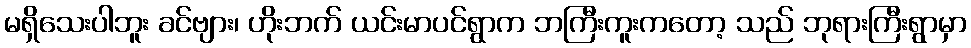
မရှိသေးပါဘူး ခင်ဗျား၊ ဟိုးဘက် ယင်းမာပင်ရွာက ဘကြီးကူးကတော့ သည် ဘုရားကြီးရွာမှာ